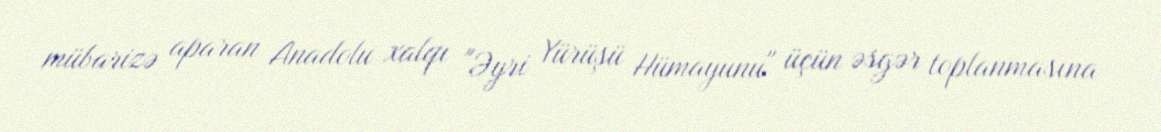
mübarizə aparan Anadolu xalqı "Əyri Yürüşü Hümayunu" üçün əsgər toplanmasına